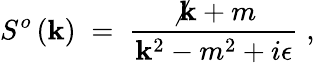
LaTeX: S^{o}\left(\mathbf{k}\right)\; =\; {\frac{{\not{\mathbf{k}}+m}}{{\mathbf{k}^{2}-m^{2}+i\epsilon}}}\; ,